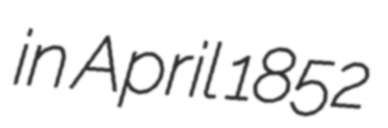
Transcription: in April 1852